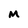
Character: M